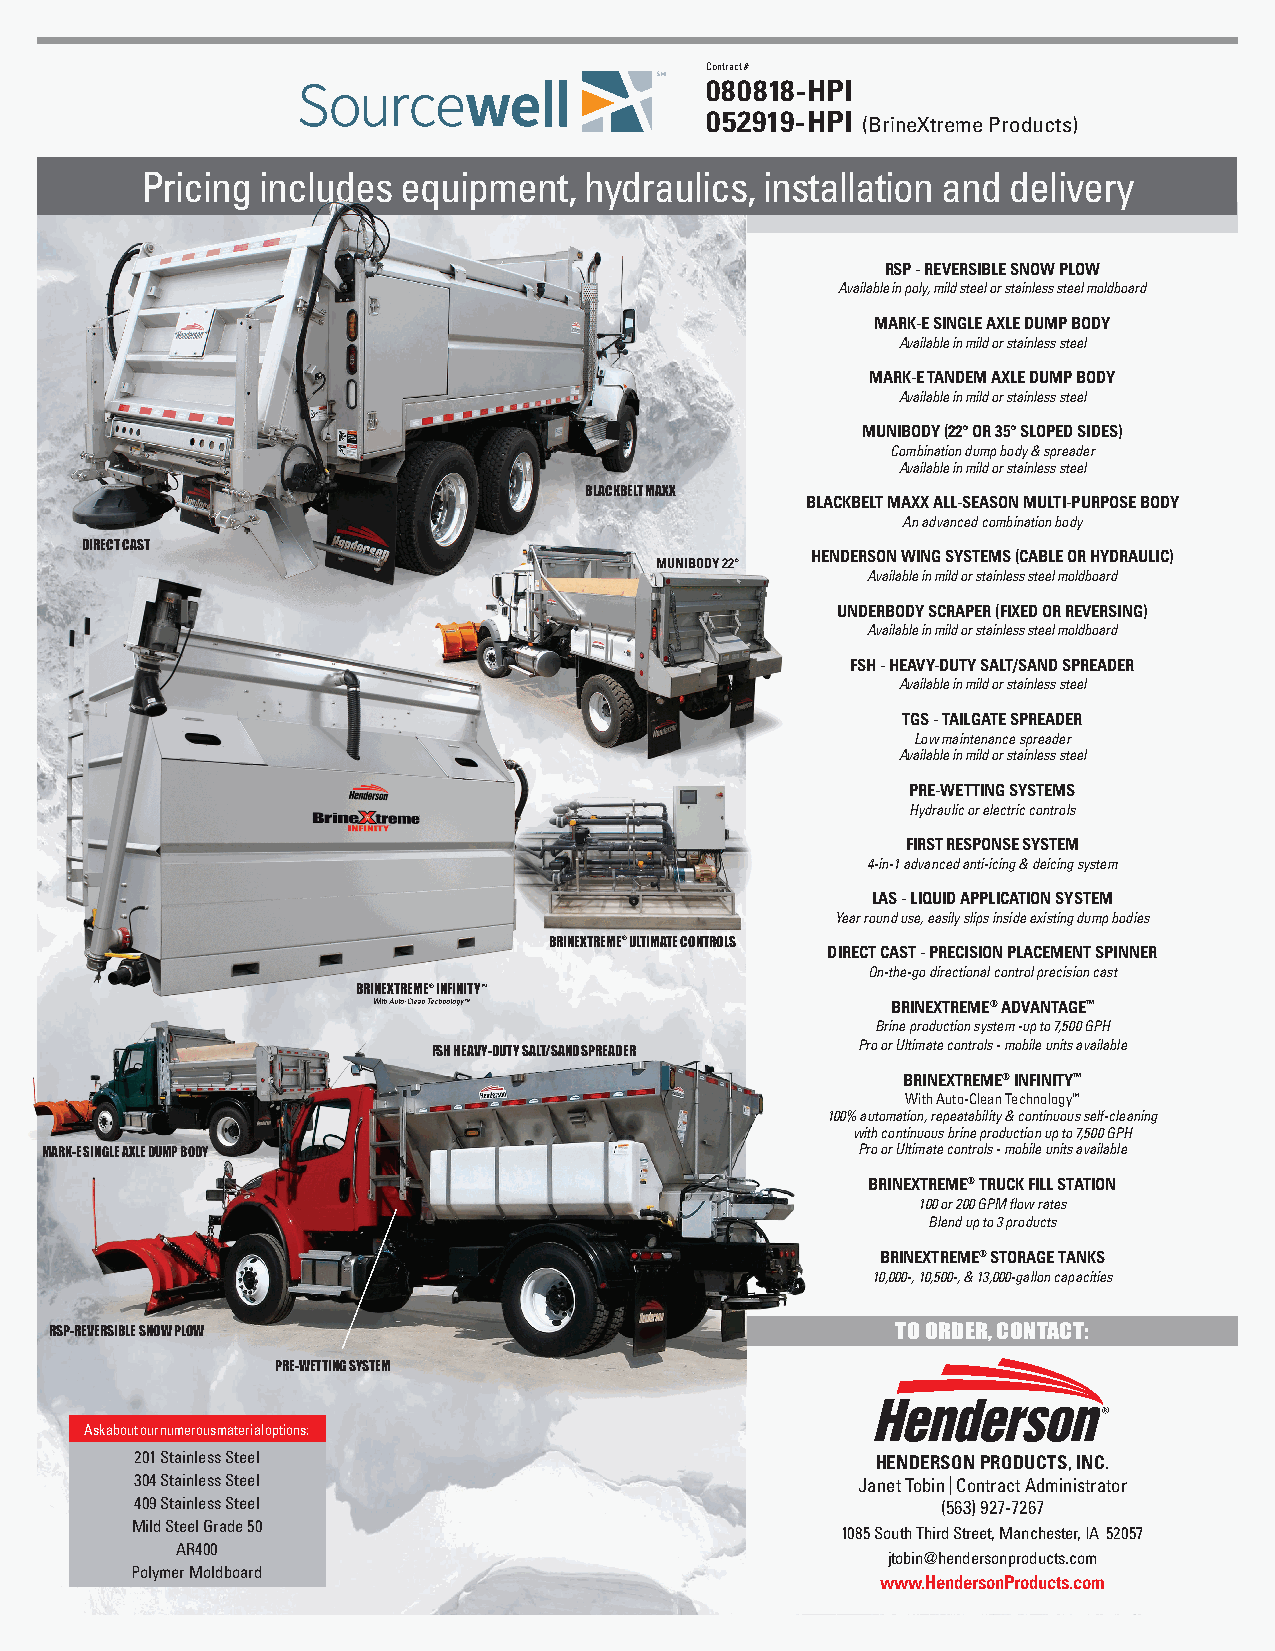
Contract #
 080818-HPI
 052919-HPI (BrineXtreme Products)
 Pricing includes  equipment,  hydraulics, installation and delivery
 RSP - REVERSIBLE SNOW PLOW
 Contract # 080114-HPI                Available in poly, mild steel or stainless steel moldboard
 MARK-E SINGLE AXLE DUMP BODY
 Available in mild or stainless steel
 MARK-E TANDEM AXLE DUMP BODY
 Available in mild or stainless steel
 MUNIBODY (22° OR 35° SLOPED SIDES)
 Combination dump body & spreader
 Available in mild or stainless steel
 BLACKBELT MAXX
 BLACKBELT MAXX ALL-SEASON MULTI-PURPOSE BODY
 An advanced combination body
 DIRECT CAST
 HENDERSON WING SYSTEMS (CABLE OR HYDRAULIC)
 MUNIBODY 22°
 Available in mild or stainless steel moldboard
 UNDERBODY SCRAPER (FIXED OR REVERSING)
 Available in mild or stainless steel moldboard
 FSH - HEAVY-DUTY SALT/SAND SPREADER
 Available in mild or stainless steel
 TGS - TAILGATE SPREADER
 Low maintenance spreader
 Available in mild or stainless steel
 PRE-WETTING SYSTEMS
 Hydraulic or electric controls
 FIRST RESPONSE SYSTEM
 4-in-1 advanced anti-icing & deicing system
 LAS - LIQUID APPLICATION SYSTEM
 Year round use, easily slips inside existing dump bodies
 BRINEXTREME® ULTIMATE CONTROLS
 DIRECT CAST - PRECISION PLACEMENT SPINNER
 On-the-go directional control precision cast
 BRINEXTREME® INFINITY™
 With Auto-Clean Technology™       BRINEXTREME® ADVANTAGE™
 Brine production system -up to 7,500 GPH
 Pro or Ultimate controls - mobile units available
 FSH HEAVY-DUTY SALT/SAND SPREADER
 BRINEXTREME® INFINITY™
 With Auto-Clean Technology™
 100% automation, repeatability & continuous self-cleaning
 with continuous brine production up to 7,500 GPH
 MARK-E SINGLE AXLE DUMP BODY                          Pro or Ultimate controls - mobile units available
 BRINEXTREME® TRUCK FILL STATION
 100 or 200 GPM flow rates
 Blend up to 3 products
 BRINEXTREME® STORAGE TANKS
 10,000-, 10,500-, & 13,000-gallon capacities
 RSP-REVERSIBLE SNOW PLOW                                TO ORDER, CONTACT:
 PRE-WETTING SYSTEM
 Ask about our numerous material options:
 201 Stainless Steel                              HENDERSON PRODUCTS, INC.
 304 Stainless Steel                             Janet Tobin I Contract Administrator
 409 Stainless Steel                                  (563) 927-7267
 Mild Steel Grade 50
 1085 South Third Street, Manchester, IA 52057
 AR400
 jtobin@hendersonproducts.com
 Polymer Moldboard
 www.HendersonProducts.com